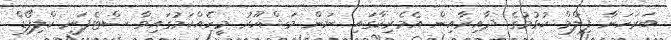
ބަރަހަނާ ފިލްމް ކުޅުމުގެ ދާއިރާއިން އެމެރިކާގައި ނަން މަޝްހޫރު މީހެއްކަމުގައިވާ ސްޓެފަނީ ކްލިފޯޑް